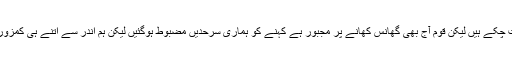
ایٹمی طاقت بنے 19 سال بیت چکے ہیں لیکن قوم آج بھی گھانس کھانے پر مجبور ہے کہنے کو ہماری سرحدیں مضبوط ہوگئیں لیکن ہم اندر سے اتنے ہی کمزور اور لاغر ہوتے جارہے ہیں۔